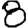
Digit: 8